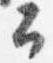
公